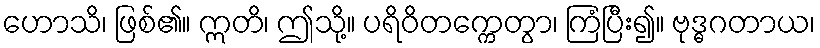
ဟောသိ၊ ဖြစ်၏။ ဣတိ၊ ဤသို့။ ပရိဝိတက္ကေတွာ၊ ကြံပြီး၍။ ဗုဒ္ဓဂတာယ၊